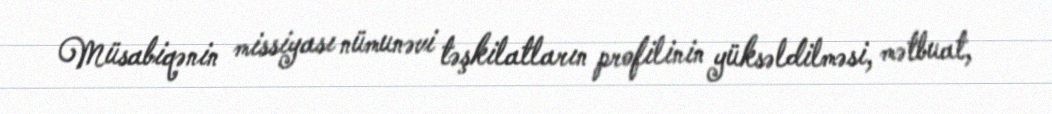
Müsabiqənin missiyası nümunəvi təşkilatların profilinin yüksəldilməsi, mətbuat,